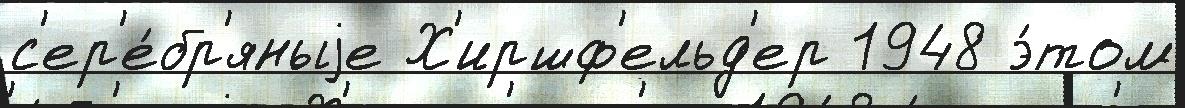
с'ер'е́бр'яныjе Х'иршф'ельд'ер 1948 э́том